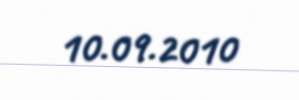
10.09.2010